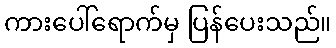
ကားပေါ်ရောက်မှ ပြန်ပေးသည်။